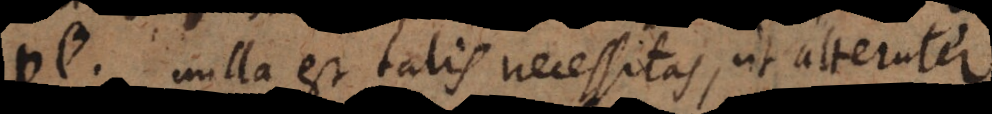
p nulla est talis necessitas, ut alteruter